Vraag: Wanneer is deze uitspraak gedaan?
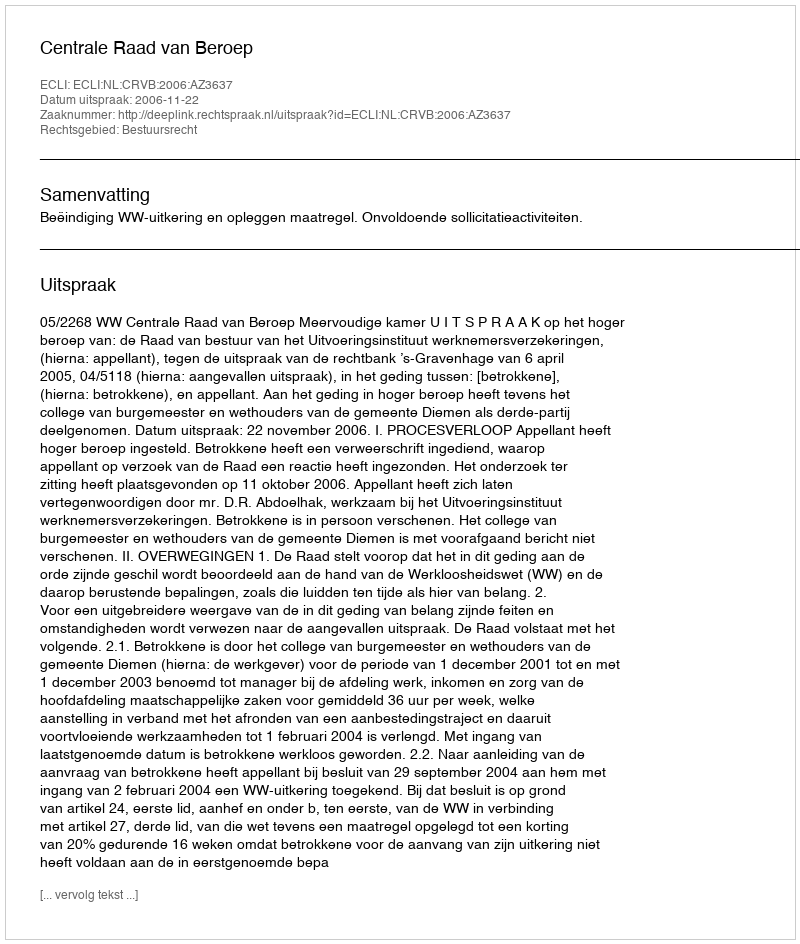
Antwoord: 2006-11-22